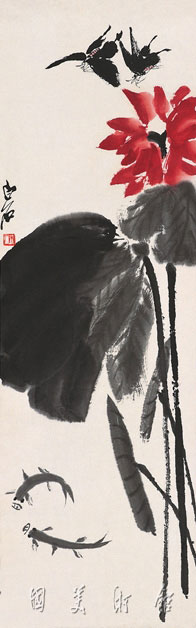
帝里重清明，人心自愁思。